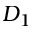
D _ { 1 }